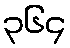
၃၆၄